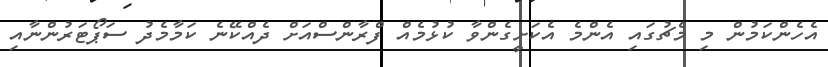
އެހެންކަމުން މި މެޗުގައި އެންމެ އެކަށީގެންވާ ކުޅުމެއް ފްރާންސްއަށް ދެއްކޭނެ ކަމާމެދު ސަޕޯޓަރުންނާއި